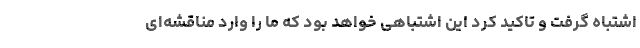
اشتباه گرفت و تاکید کرد این اشتباهی خواهد بود که ما را وارد مناقشه‌ای